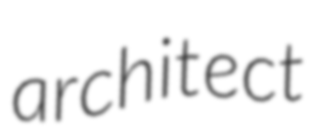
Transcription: architect